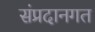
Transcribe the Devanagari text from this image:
संप्रदानगत